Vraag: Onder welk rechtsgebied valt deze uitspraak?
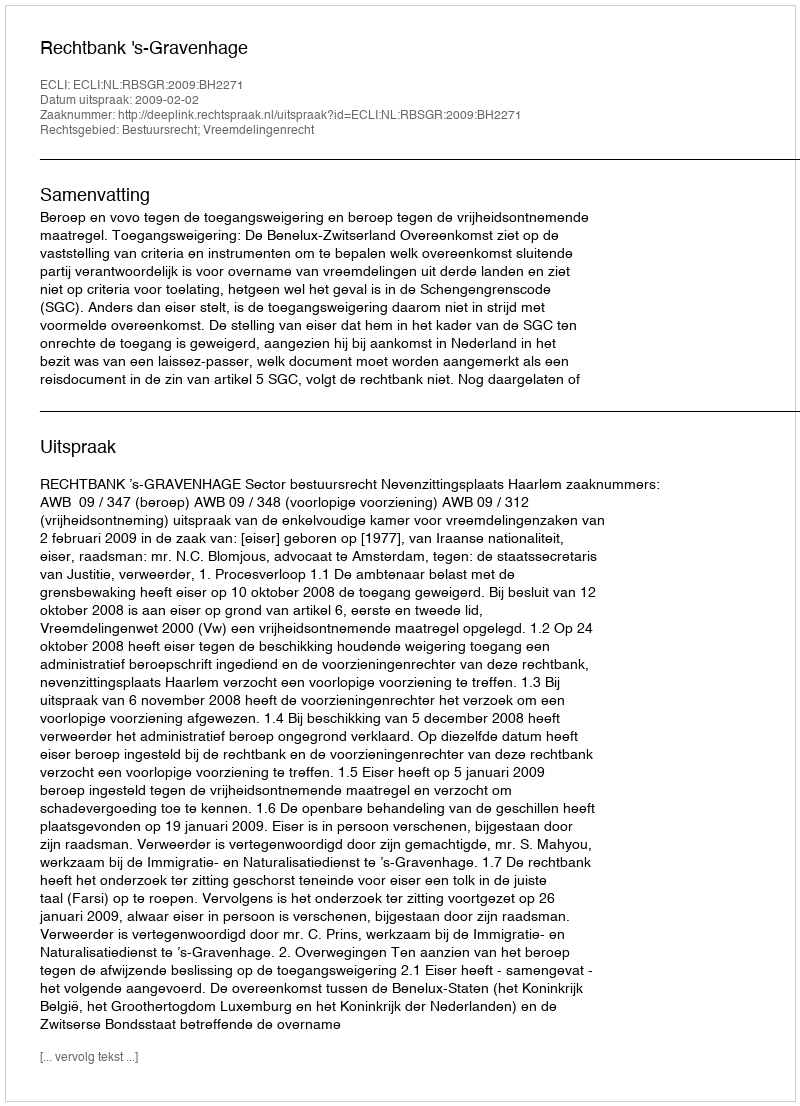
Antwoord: Bestuursrecht; Vreemdelingenrecht